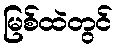
မြစ်ထဲတွင်